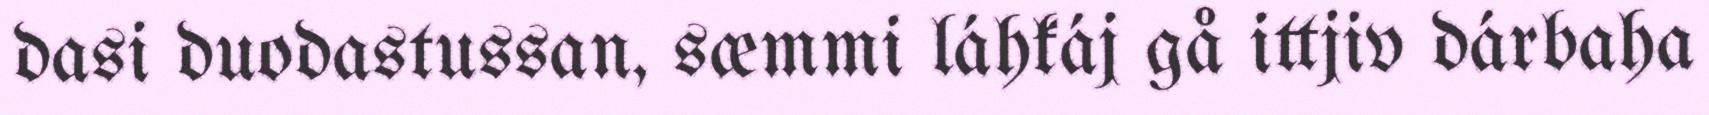
dasi duodastussan, sæmmi láhkáj gå ittjiv dárbaha